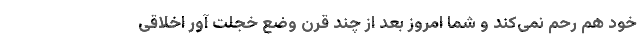
خود هم رحم نمی‌کند و شما امروز بعد از چند قرن وضع خجلت آور اخلاقی